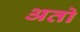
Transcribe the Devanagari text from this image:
अतो